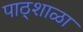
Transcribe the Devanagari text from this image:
पाठ्शाळा